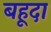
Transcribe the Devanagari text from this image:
बहूदा